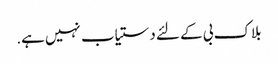
بلاک بی کے لئے دستیاب نہیں ہے.